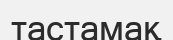
тастамақ